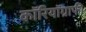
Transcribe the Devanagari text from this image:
कॉरियॉग्राफी